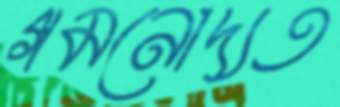
গমনোদ্যত